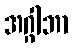
အဂ္ဂါဘာ